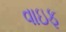
વાઇફ